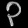
Digit: ၃